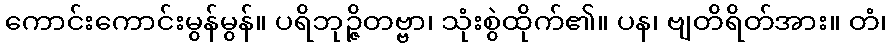
ကောင်းကောင်းမွန်မွန်။ ပရိဘုဉ္ဇိတဗ္ဗာ၊ သုံးစွဲထိုက်၏။ ပန၊ ဗျတိရိတ်အား။ တံ၊